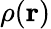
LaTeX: \rho(\textbf{r})